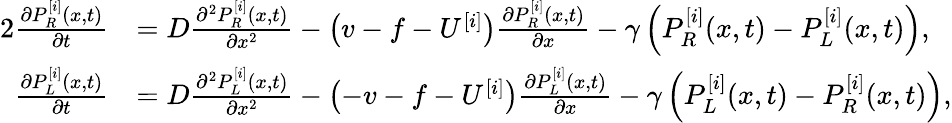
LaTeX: \begin{array}{rl}{{2}\frac{\partial P_{R}^{[i]}(x,t)}{\partial t}}&{=D\frac{\partial^{2}P_{R}^{[i]}(x,t)}{\partial x^{2}}-\left(v-f-U^{[i]}\right)\frac{\partial P_{R}^{[i]}(x,t)}{\partial x}-\gamma\left(P_{R}^{[i]}(x,t)-P_{L}^{[i]}(x,t)\right),}\\ {\frac{\partial P_{L}^{[i]}(x,t)}{\partial t}}&{=D\frac{\partial^{2}P_{L}^{[i]}(x,t)}{\partial x^{2}}-\left(-v-f-U^{[i]}\right)\frac{\partial P_{L}^{[i]}(x,t)}{\partial x}-\gamma\left(P_{L}^{[i]}(x,t)-P_{R}^{[i]}(x,t)\right),}\end{array}